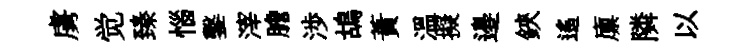
虜觉臻惱鑿滓膽渉鴣蕡温擬邉鋏遥廪隣以